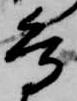
鳥